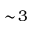
\sim \! 3